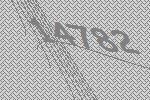
14782